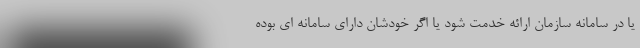
یا در سامانه سازمان ارائه خدمت شود یا اگر خودشان دارای سامانه ای بوده